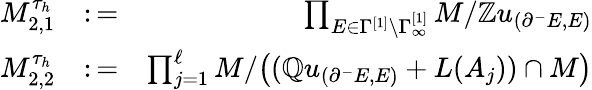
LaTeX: \begin{array}{rlr}{M_{2,1}^{\tau_{h}}}&{\colon=}&{\prod_{E\in\Gamma^{[1]}\setminus\Gamma_{\infty}^{[1]}}M/\mathbb{Z}u_{(\partial^{-}E,E)}}\\ {M_{2,2}^{\tau_{h}}}&{\colon=}&{\prod_{j=1}^{\ell}M/\big((\mathbb{Q}u_{(\partial^{-}E,E)}+L(A_{j}))\cap M\big)}\end{array}